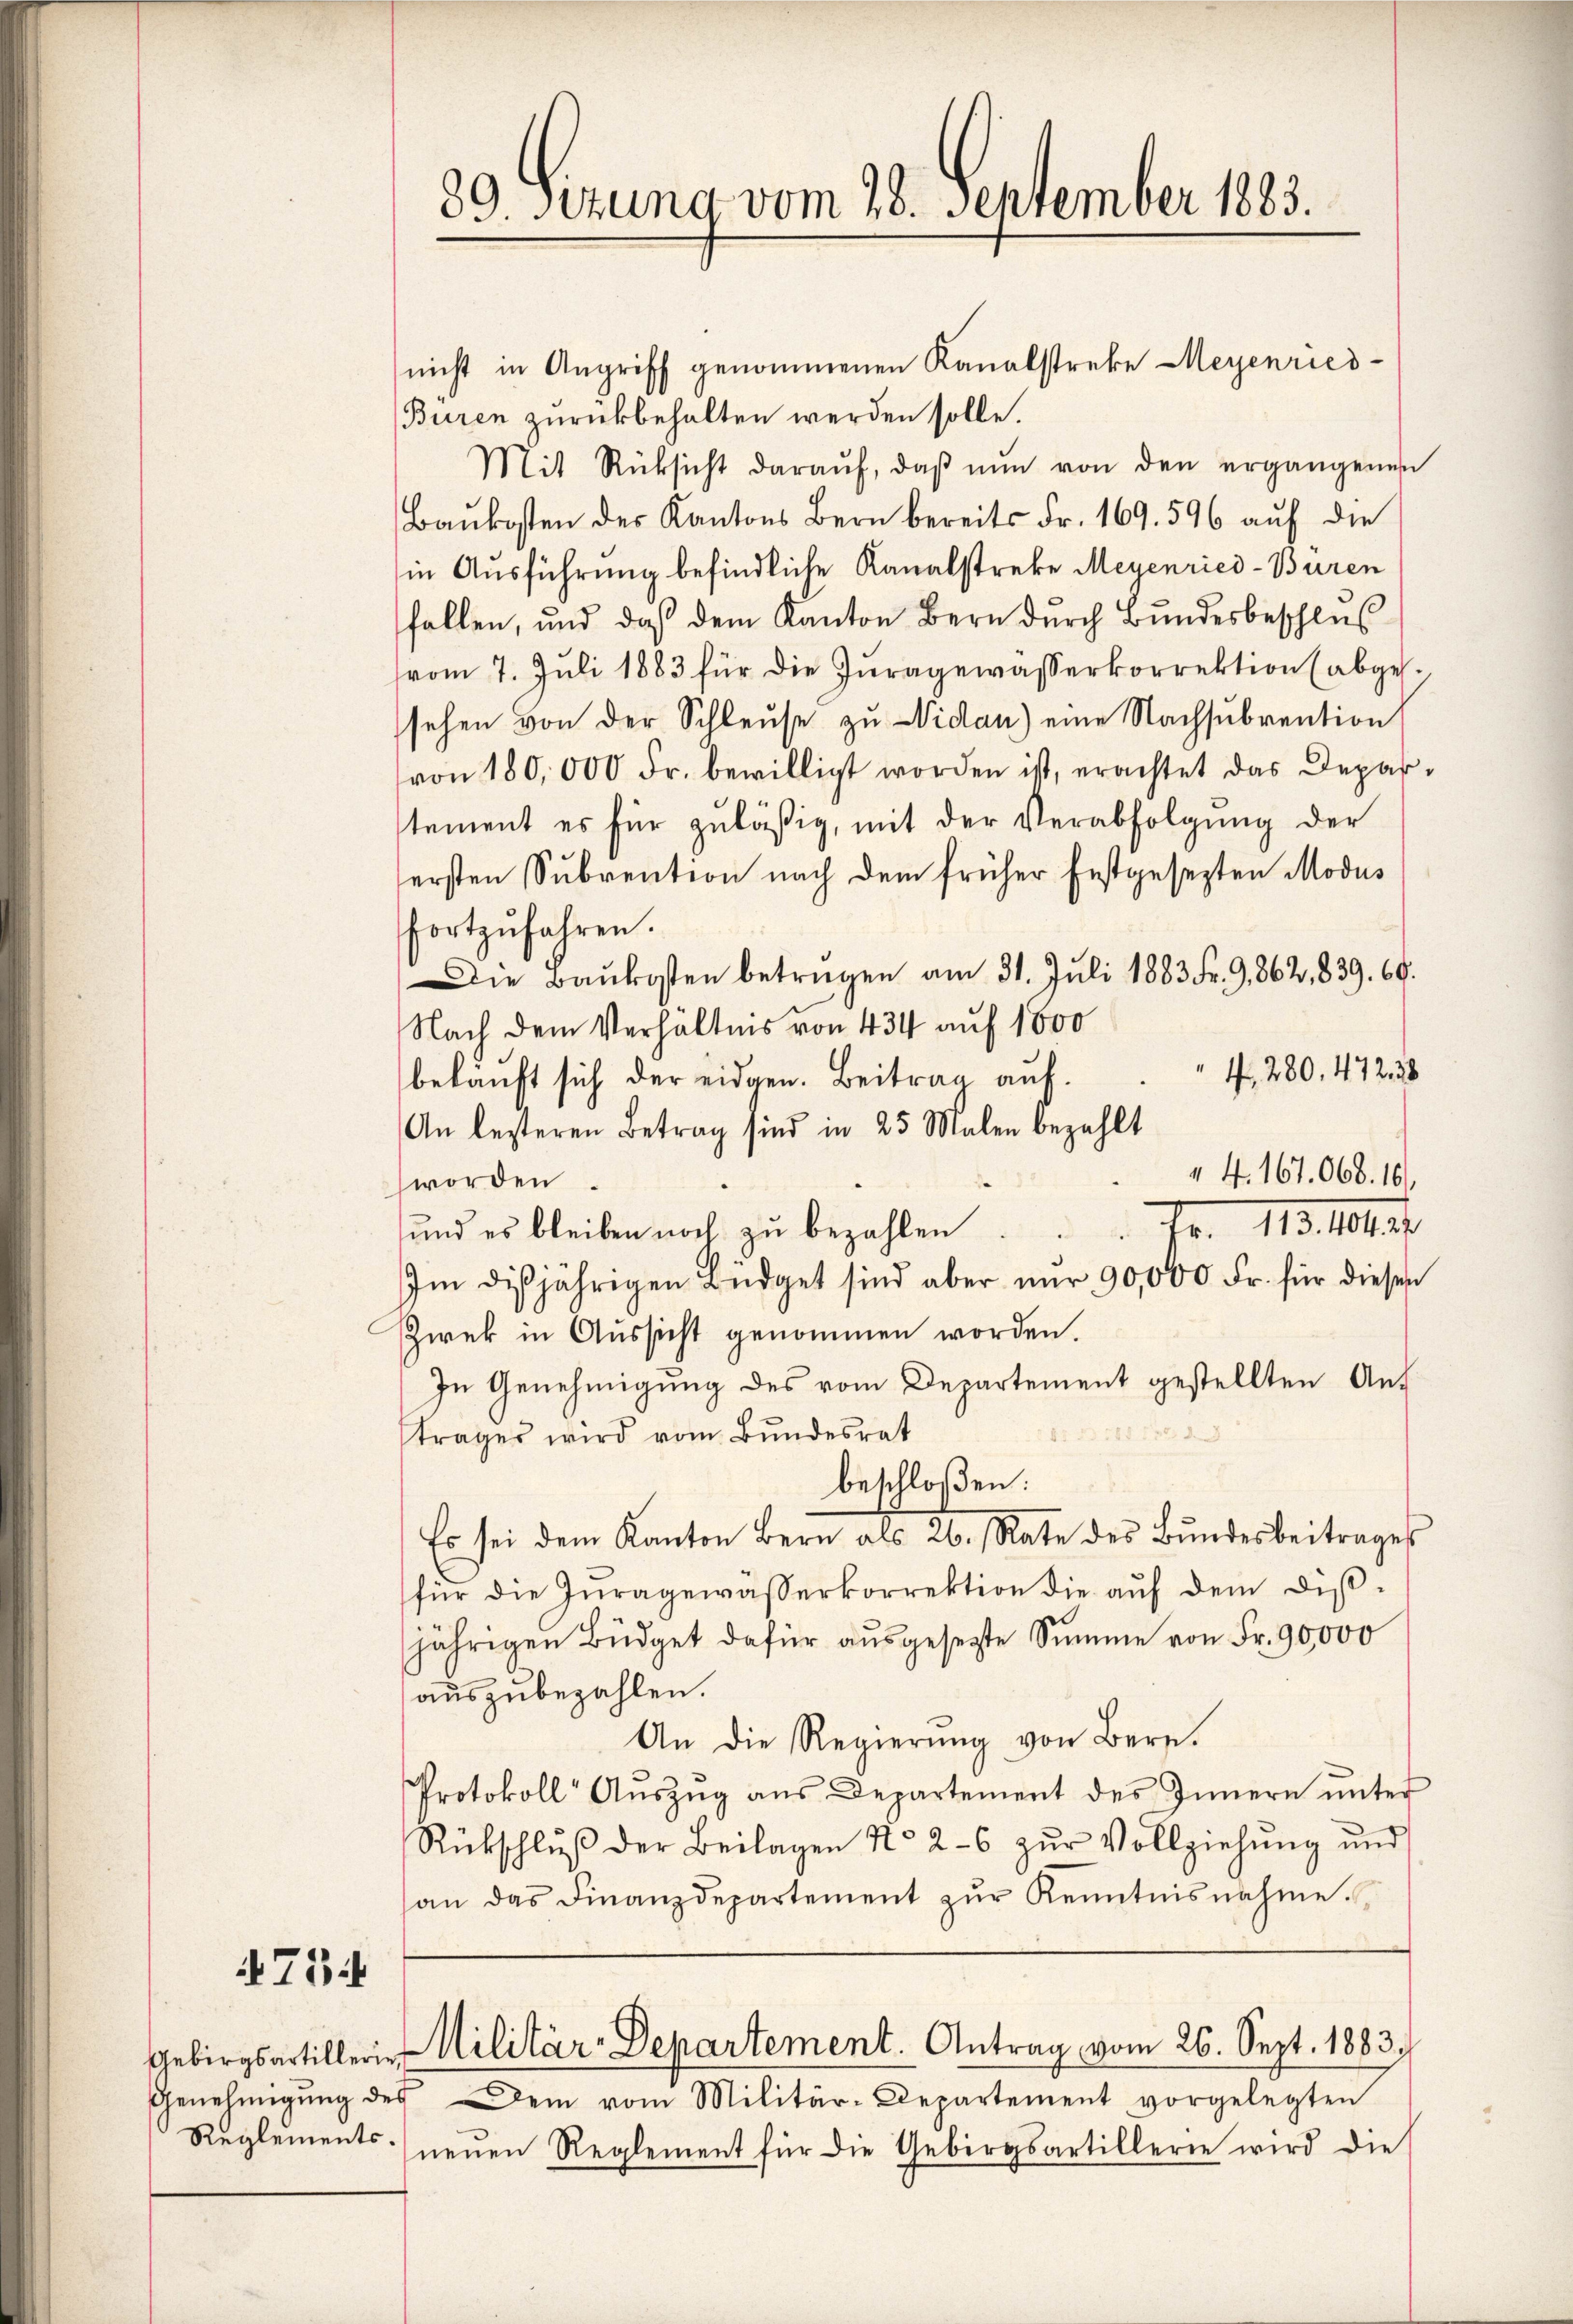
75.

30 Sizung vom 28. September 1883.

nicht in Angriff genommenen Kanalstreke Meyenried¬
Buren zurückbehalten werden solle.
Mit Rüksicht daraŭf, daβ nŭn von den ergangenen
Baŭkosten des Kantons Bern bereits Fr. 169. 596 auf die
in Ausführung befindliche Kanalstreke Meyenried-Buren
fallen, und daß dem Kanton Bern dŭrch Bŭndesbeschlus
vom 7. Juli 1883 für die Juragewasserkorrektion (abgesehen von der Schleuse zu Nidau) eine Nachsubvention
von 180,000 Fr. bewilligt worden ist, erachtet das Depar-
stement es für zuläßig, mit der Verabfolgŭng der
ersten Subvention nach dem früher festgesezten Modus
fortzufahren.
Die Baŭkosten betragen am 31. Jŭli 1883 Fr. 9, 862, 839. 69.
Nach dem Verhältnis von 434 auf 1000
4, 280. 47238
beläuft sich der eidgen. Beitrag auf.
An lezteren Betrag sind in 25 Malen bezahlt
 4. 167. 068. 16.
worden.
Fr. 13. 101.
und es bleiben noch zu bezahlen
Im dißjährigen Büdget sind aber nur 90,000 Fr. für diesen
Zwek in Aussicht genommen worden.
In Genehmigung des vom Departement gestellten Antrages wird vom Bundesrat
beschloßen:
Es sei dem Kanton Bern als 20. Rate des Bŭndesbeitrages
für die Juragewässerkorrektion die auf dem disjährigen Büdget dafür aŭsgesetzte Summe von Fr. 90,000
auszubezahlen.
An die Regierŭng von Bern.
Protokoll Aŭszŭg aŭs Departement des Innern ŭnter
Rückschlŭβ der Beilagen No 2-6 zŭr Vollziehŭng und
an das Finanzdepartement zŭr Kenntnisnahme.
Gebirgsartillerie Militär-Departement. Antrag vom 26. Sept. 1883.]
Genehmigŭng des Dein vom Militär-Departement vorgelegten
Reglements neuen Reglement für die Gebirgsartillerie wird die